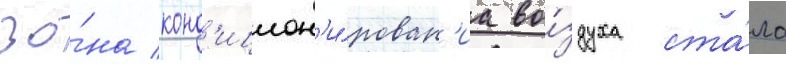
зо́на конд'ицион'и́рован'иа во́здуха ста́ла